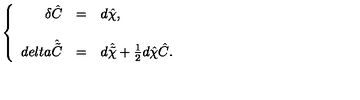
\left\{ \begin{array} { r c l } { \delta \hat { C } } & { = } & { d \hat { \chi } , } \\ { } & { } & { } \\ { d e l t a \hat { \tilde { C } } } & { = } & { d \hat { \tilde { \chi } } + \frac { 1 } { 2 } d \hat { \chi } \hat { C } . } \\ \end{array} \right.